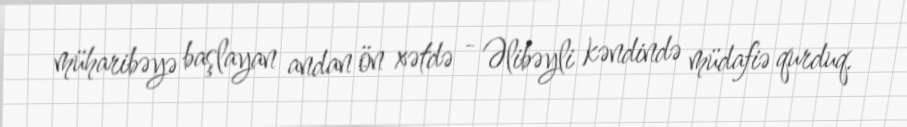
müharibəyə başlayan andan ön xətdə - Əlibəyli kəndində müdafiə qurduq.